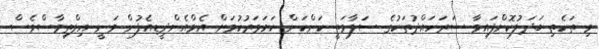
މި ތަކެތި ބަދަލުކޮށްފައިވާ ސަރަހައްދުތަކުގެ ސަލާމަތީ ކަންކަން ކަށަވަރުކުުމަށް އެމްއެންދީޑއެފުން ވަނީ އިލްތިމާސްވެސް